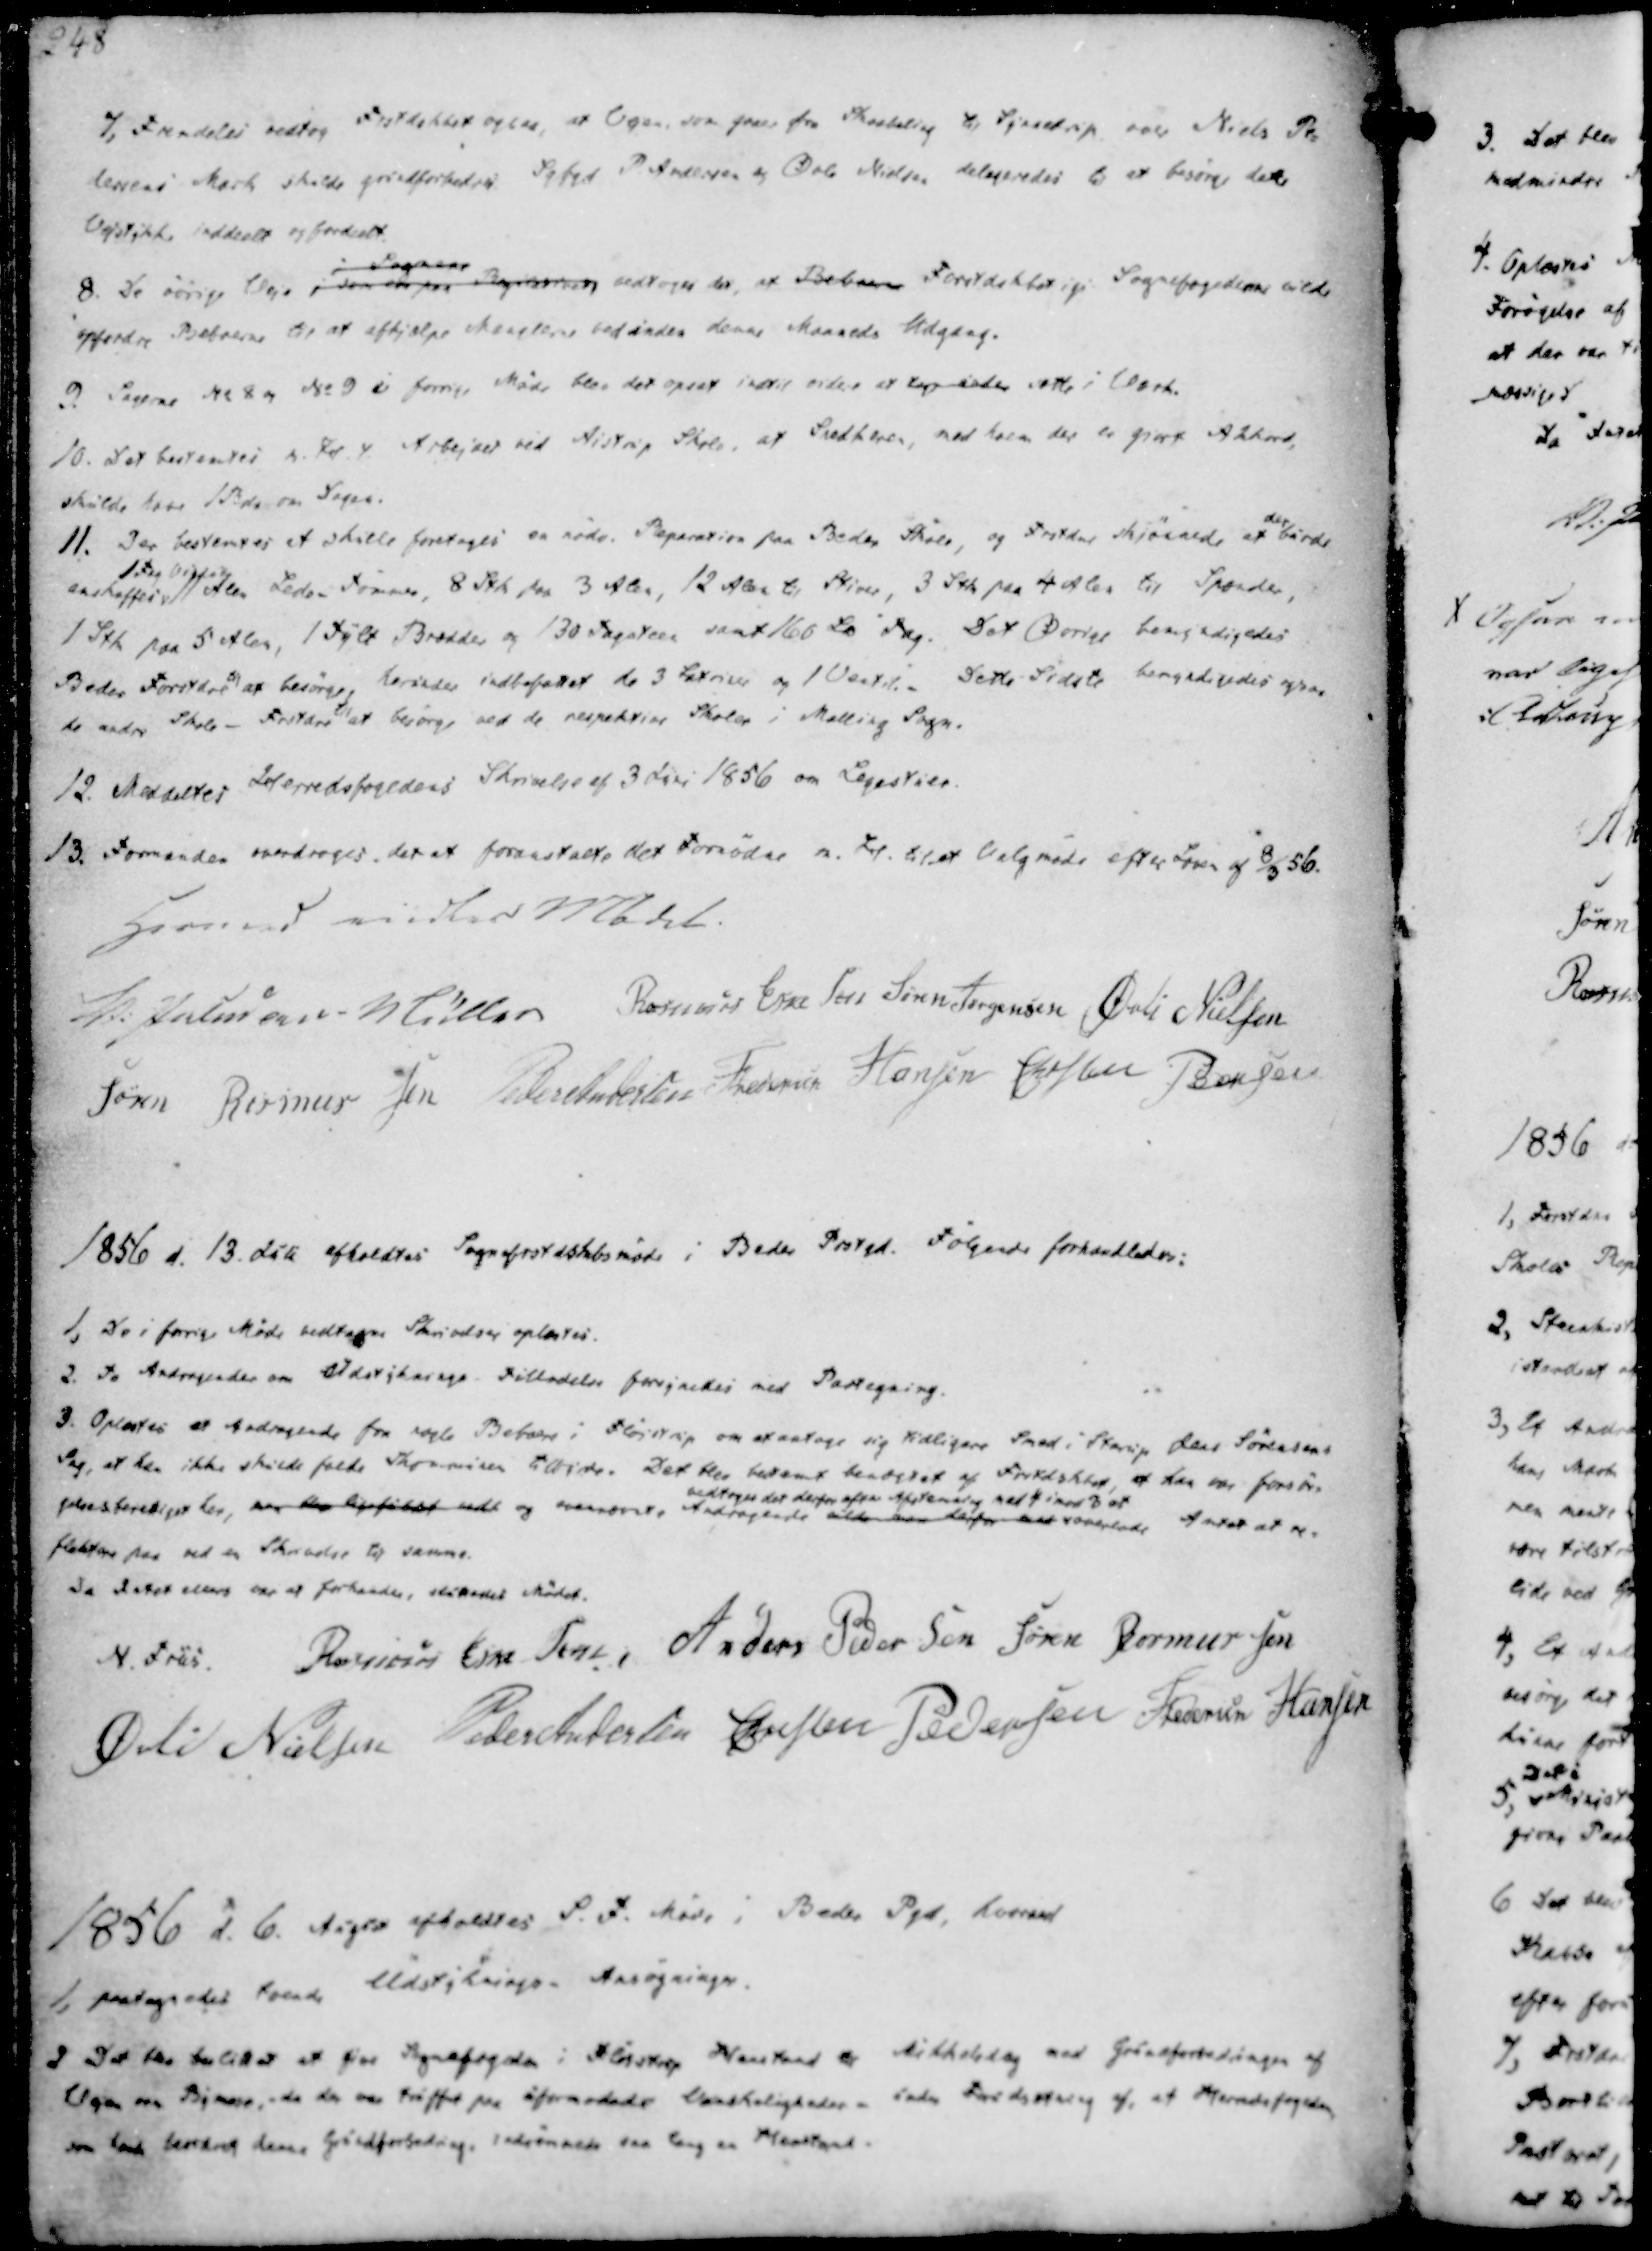
Transskription:
7, Fremdeles vedtog Frstdskabet ogsaa, at Vejen, som gaaer fra Skaabling til Synnedrup over Niels Pe-
dersens Mark skulde grundforbedres. Sgfgd P. Andersen og Øvle Nielsen delegeredes til at besørge dette
Vejstykke inddeelt og fordeelt.
8. De øvrige Veje i dem over paa Repareret
i Sognene
vedtoges det, at Beboerne Forstdskbet igi. Sognefogederne vilde
opfordre Beboerne til at afhjælpe Manglerne ved inden denne Maaneds Udgang.
9. Sagerne No 8 og No 9 i forrige Møde blev det opsat indtil videre at tage under sætte i Værk.
10. Det bestemtes m. H. t. Arbejdet ved Aistrup Skole, at Snedkeren, med hvem der er gjort Akkord,
skulde have 1 Rdr om Dagen.

11. Der bestemtes at skulle foretages en nødv. Reparation paa Beder Skole, og Frsrdne skjønnede at der burde
anskaffes
1 Fv Vissilg
11 Alen Lede-Tømmer, 8 Stk paa 3 Alen, 12 Alen til Stiver, 3 Stk paa 4 Alen til Spænder,
1 Stk paa 5 Alen, 1 Tylt Brædder og 130 Tagsteen samt 160 Lo Tag. Det Øvrige bemyndigedes
Beder Forstdre til at besørge, herunder indbefattet de 3 Latriner og 1 Ventil.- Dette Sidste bemyndigedes ogsaa
de andre Skole-Frstdre til at besørge ved de respektive Skoler i Malling Sogn.
12. Meddeltes Herredsfogedens Skrivelse af 3 Juni 1856 om Legestuer.
13. Formanden overdroges det at foranstalte det Fornødne m. H. til et Valgmøde efter Loven af 8/3 56.

Hermed endtes Mødet.
V. Paludan Müller
Rasmus Eskesen
Søren Jørgensen
Øvli Nielsen
Søren Rasmussen
Peder Andersen
Frederik Hansen 
Christen Pedersen

1856 d. 13. Juli afholdtes Sognefrstdskabsmøde i Beder Prstgd. Følgende forhandledes:

1, De i forrige Møde vedtagne Skrivelser oplæstes.
2. To Andragender om Udstyknings Tilladelse forsynedes med Paategning.
3. Oplæstes et Andragende fra nogle Beboere i Fløjstrup om at antage sig tidligere Smed i Starup Jens Sørensens
Sag, at han ikke skulde falde Therminen tilbude. Det blev bestemt benægtet af Frskdskbet, at han var forsør-
gelsesberettiget her, var blev ligefundet undt og ovennævnte Andragende vilde han derfor mat
vedtoges det derfor efter Afstemning med 4 imod 3 at
overlade Amtet at re-
flektere paa ved en Skrivelse til samme.

Da Intet ellers var at forhandle, sluttedes Mødet.
N. Friis.
Rasmus Eskesen
Anders Pedersen
Søren Rasmussen
Øvli Nielsen
Peder Andersen
Christen Pedersen
Frederik Hansen

1856 d. 6. Augst afholdtes P. F. Møde i Beder Pgd, hvorved

1, paategnedes tvende Udstyknings- Ansøgninger.
2 Det blev besluttet at give Sognefogeden i Fløistrup Henstand og tilholding med Grundforbedringen af
Vejen om Bymose,- da der var truffet paa uformodede Vanskeligheder - inden Forsdsstning af, at Herredsfogden
som havde beordret denne Grundforbedring, indrømmede saa lang en Henstand.